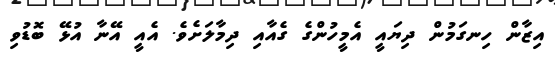
އިޒާން ހިނގަމުން ދިޔައީ އެމީހުންގެ ގެއާއި ދިމާލަށެވެ. އެއީ އޭނާ އުޅޭ ބޮޑުވި